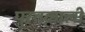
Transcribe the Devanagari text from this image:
पुरतक़ाली